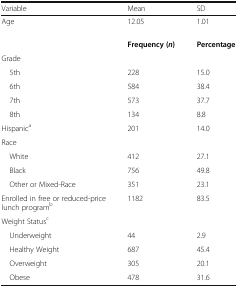
| Variable | Mean | SD |
 | --- | --- | --- |
 | Age | 12.05 | 1.01 |
 |  | Frequency (n) | Percentage |
 | <COLSPAN=3> Grade |
 | 5th | 228 | 15.0 |
 | 6th | 584 | 38.4 |
 | 7th | 573 | 37.7 |
 | 8th | 134 | 8.8 |
 | Hispanica | 201 | 14.0 |
 | <COLSPAN=3> Race |
 | White | 412 | 27.1 |
 | Black | 756 | 49.8 |
 | Other or Mixed-Race | 351 | 23.1 |
 | Enrolled in free or reduced-price lunch programb | 1182 | 83.5 |
 | <COLSPAN=3> Weight Statusc |
 | Underweight | 44 | 2.9 |
 | Healthy Weight | 687 | 45.4 |
 | Overweight | 305 | 20.1 |
 | Obese | 478 | 31.6 |